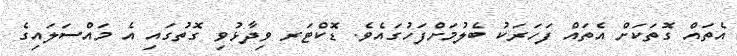
އެތައް ގޮތަކަށް އެތައް ފަހަރަކު ބެލުމަށްފަހުގައެވެ. ޑޮކްޓަރ ވިދާޅުވި ގޮތުގައި އެ މައްސަލައިގެ